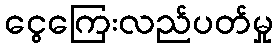
ငွေကြေးလည်ပတ်မှု